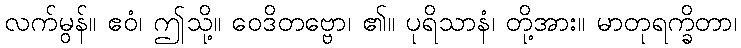
လက်မွန်။ ဧဝံ၊ ဤသို့။ ဝေဒိတဗ္ဗော၊ ၏။ ပုရိသာနံ၊ တို့အား။ မာတုရက္ခိတာ၊